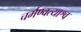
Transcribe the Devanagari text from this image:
चर्मण्वत्याश्व